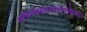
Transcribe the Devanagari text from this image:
अजिनंकंबलादर्भागोकेशाः